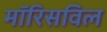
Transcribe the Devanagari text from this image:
मॉरिसविल